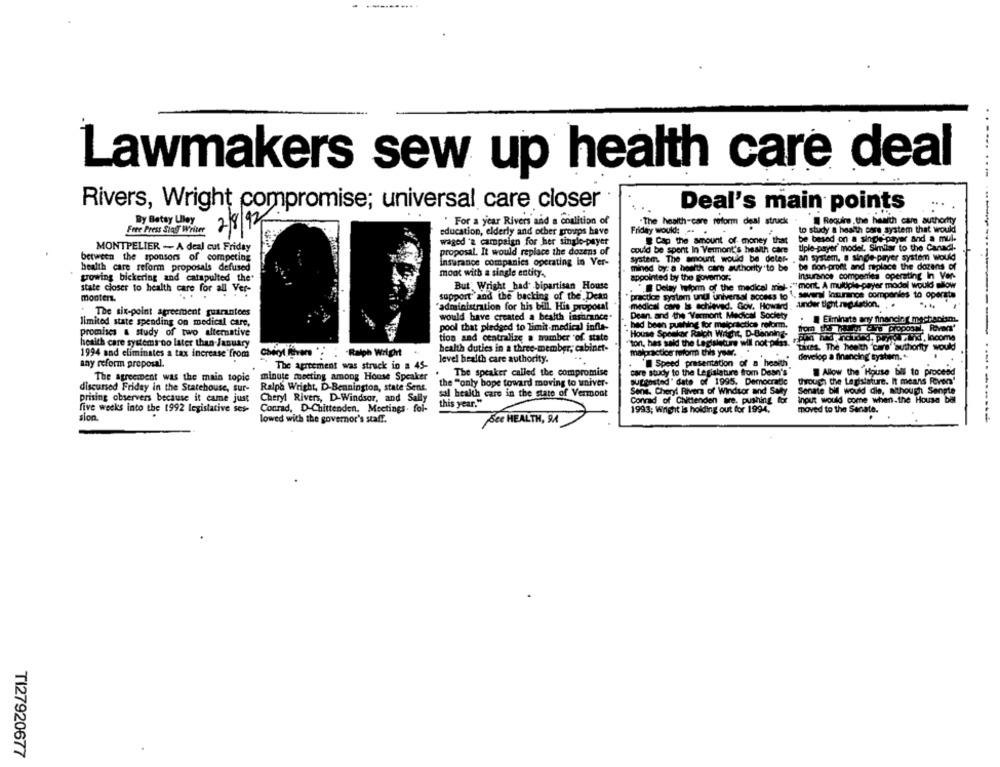
Lawmakers sew up health care deal
Rivers, Wright compromise; universal care closer
Deal's main points
...
By Betsy Ulley
" For a year Rivers and a coalition of
The health-care reform del struck
Require , the health care authority
Fere Press Sing Writer
2/8/94
Friday would: ..
to study a health care system that would
education, elderly and other groups have
be based on a single payer and a mul.
waged 'a campaign for her single-payer
Cap the amount of money that
MONTPELIER - A deal cut Friday
proposal. It would replace the dozens of
could be spent In Vermont's health care
tiple-payer model. Similar to the Canadl.
between the sponsors of competing
insurance companies operating in Ver-
system. The amount would be deter- , an system. a single-payer system would
health care reform proposals defused
minad by: a health care authority to be be non-profit and replace the dozens of
growing bickering and catapulted the
mont with a single entity.
appointed by the govemor.
Insurance companies operating In Ver-
But Wright _had bipartisan House
Delay heform of the medical miel -: "mont. A multiple-payer model would allow
state closer to health care for all Ver-
monters.
support and the backing of the Dean
praction system unul universal access to
. several lostunince companies to operate
administration for his bill. His proposal
medical care is achieved. Gov. Howard , inder tight regulation.
The six-point agreement guarantees
Dean, and the Vermont Medical Society
limited state spending on medical care,
would have created a bealth insurance.
Eiminate any financing machsolam.
pool that pledged to limit-medical infle-
had been pushing for malpractice reform.
promises & study of two alternative
tion and centralize a number of state
House Speaker Ralph Wright, D.Banning-
health care systems-no later than-January
1994 and eliminates a tax increase from
health duties in a three-member, cabinet-
"ton, has said the Legislature will not pass. Tures, The health care authority would
malpractice reform this year.
level health care authority.
develop a financing system. ..
any reform proposal.
The agreement was struck in a 45-
. 'Speed presentation of a health
Allow the Hour
The agreement was the main topic
minute muocting among House Speaker
. The speaker called the compromise
care study to the Legislature from Desn's
House bill to proceed
the "only hope toward moving to univer-
suggested" date of 1995. Democratic
through the Legislature. It means Feves'
discussed Friday in the Statehouse, sur-
Ralph Wright, D-Bennington, state Sens.
Sen. Cheryl Rivers of Windsor and Suly
Sonate bill would die, Mthough Senpte
prising observers because it came just
Cheryl Rivers, D-Windsor, and Sally
sal health care in the state of Vermont
Conrad of Chittenden we. pushing for
input would come when.the House bar
this year."
five weeks into the 1992 legislative ses-
Conrad, D-Chittenden. Meetings . fol-
1993; Wright is holding out for 1994,
moved to the Senate.
sion.
lowed with the governor's staff.
See HEALTH, 94
TI27920677